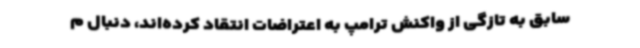
سابق به تازگی از واکنش ترامپ به اعتراضات انتقاد کرده‌اند، دنبال م